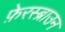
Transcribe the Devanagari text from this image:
फ़ेरस्ब्राउन